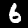
Digit: 6